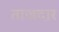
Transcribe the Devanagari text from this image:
ताजदार